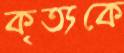
কৃত্যকে